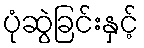
ပုံဆွဲခြင်းနှင့်